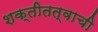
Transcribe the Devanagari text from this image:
शक्तीतत्वाची